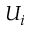
U _ { i }